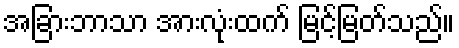
အခြားဘာသာ အားလုံးထက် မြင့်မြတ်သည်။